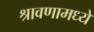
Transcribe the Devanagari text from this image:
श्रावणामध्ये